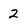
Character: 2